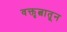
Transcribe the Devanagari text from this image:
वक्तृत्वातून